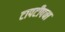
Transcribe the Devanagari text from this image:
टापटीपचा